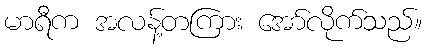
မာရီက အလန့်တကြား အော်လိုက်သည်။